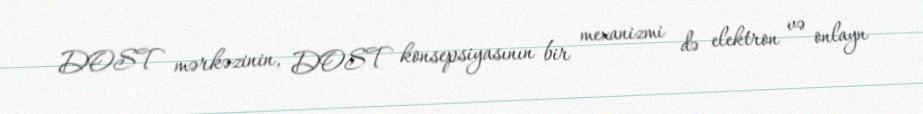
DOST mərkəzinin, DOST konsepsiyasının bir mexanizmi də elektron və onlayn